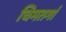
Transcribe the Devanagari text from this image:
चिमतर्गा